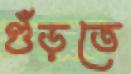
গুঁড়তে